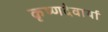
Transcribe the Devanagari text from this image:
कृष्णदेवार्या